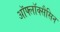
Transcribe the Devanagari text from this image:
ऑफ्लॉक्सैसिन